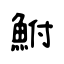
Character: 鮒